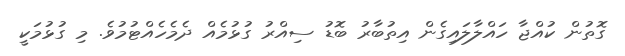
ގޮތުން ކުއްޖާ ހައްލާލައިގެން އިތުބާރު ބޮޑު ސިއްރު ގުޅުމެއް ދެމެހެއްޓުމުވެ. މި ގުޅުމަކީ